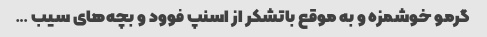
گرمو خوشمزه و به موقع باتشکر از اسنپ فوود و بچه‌های سیب … ‌